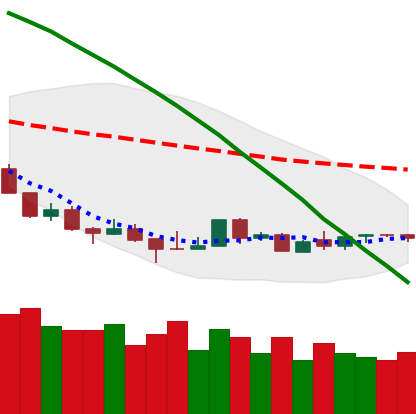
Ticker: LTC-USD
Chart end date: 2018-08-26
Forward return: 8.008%
Label: up_7plus